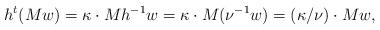
LaTeX: \begin{align*}h^t(Mw)=\kappa \cdot Mh^{-1}w= \kappa \cdot M (\nu^{-1}w)=(\kappa/\nu) \cdot Mw,\end{align*}